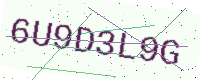
Text: 6U9D3L9G